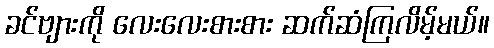
ခင်ဗျားကို လေးလေးစားစား ဆက်ဆံကြလိမ့်မယ်။